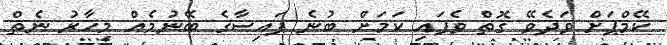
ކޭމްޕަށް ވަދެވޭ ގޮތް ވެފައި ކަމަށް ބުނެ ފައިސާގެ ބޭނުމެއް މިހާރު ނެތް